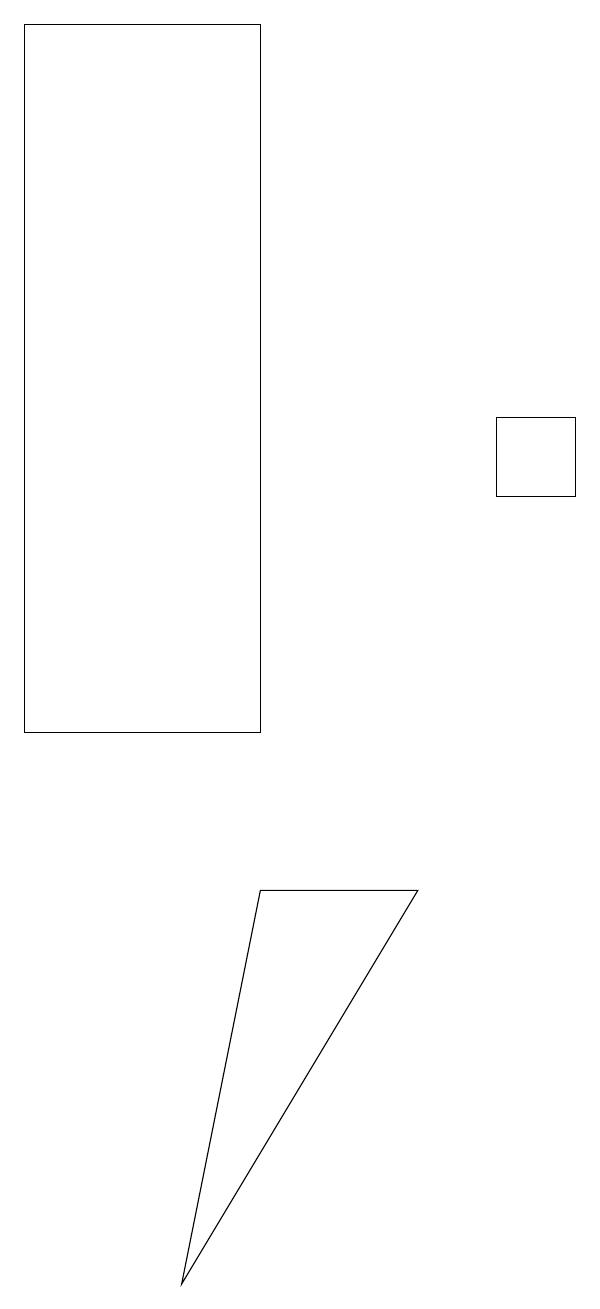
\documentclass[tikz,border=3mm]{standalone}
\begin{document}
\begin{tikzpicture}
\draw (6,8) -- (3,3) -- (4,8) -- cycle;
\draw (1,19) rectangle (4,10);
\draw (7,13) rectangle (8,14);
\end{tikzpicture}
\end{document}